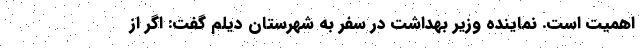
اهمیت است. نماینده وزیر بهداشت در سفر به شهرستان دیلم گفت: اگر از